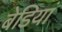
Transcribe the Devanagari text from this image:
बेडियां